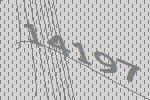
14197